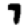
Digit: 7